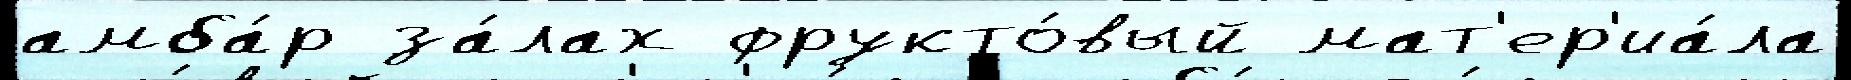
амба́р за́лах фрукто́вый мат'ер'иа́ла